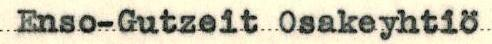
Enso-Gutzeit Osakeyhtiö